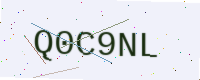
Text: Q0C9NL